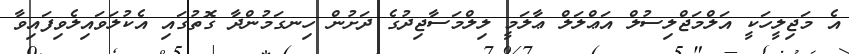
އެ މަޖިލީހަކީ އަލްމަޖްލިސުލް އަޢްލަލް ޢާލަމީ ލިލްމަސާޖިދުގެ ދަށުން ހިނގަމުންދާ ގޮތުގައި އެކުލަވައިލެވިފައިވާ